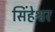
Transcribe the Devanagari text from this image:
सिंहेश्वर